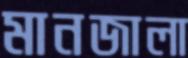
মানজালা